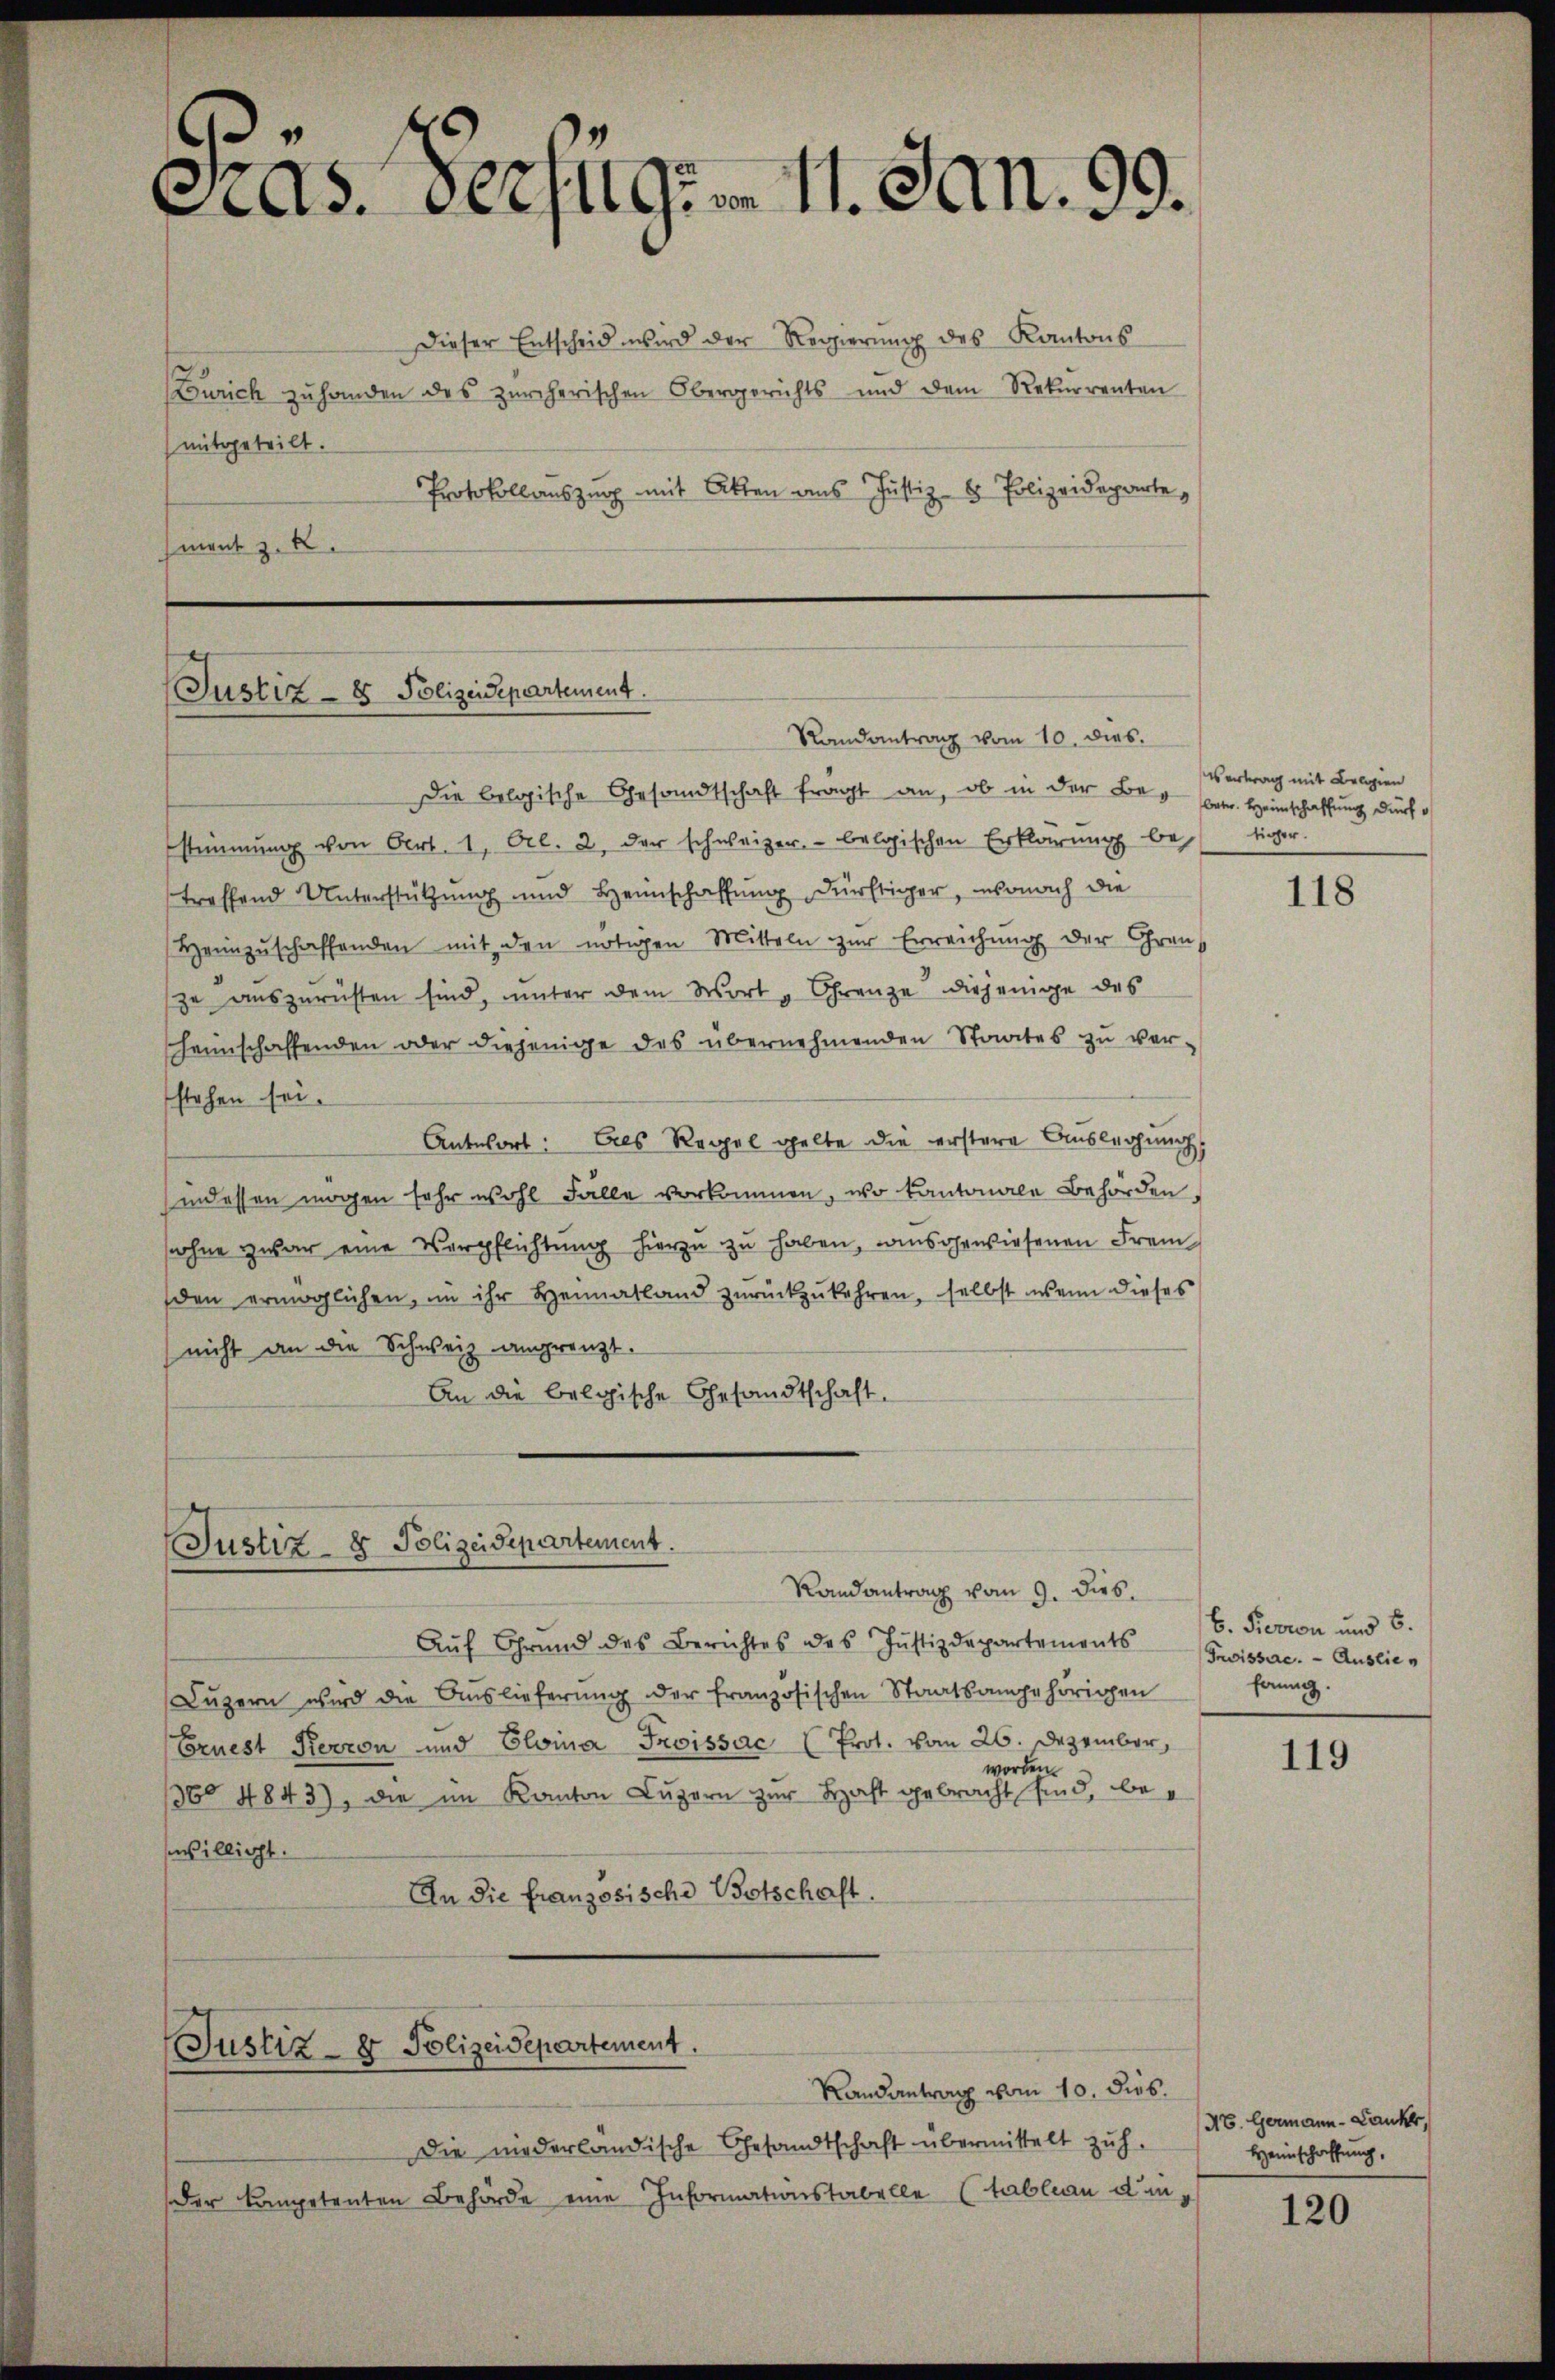
Pras. Verfug. 11. Jan. 99.

Dieser Entscheid wird der Regierŭng des Kantons
Zürich zu handen des zürcherischen Obergerichts und dem Rekurrenten
mitgeteilt.
Protokollauszug mit Akten aus Justiz- & Polizeideparte,
ment z. B.

(Justiz - 8 Polizeidepartement.
Randantrag vom 10. dies

Die belogische Gesandtschaft frägt an, ob in der Beg betr. Heimschaffung durch
stimmung von Art. 1, Al. 2, der schweizer, belgischen Erklärung bestiger.
treffend Unterstützung und Heimschaffung dürftiger, wonach die
Heimzuschaffenden mit den nötigen Mitteln zur Erreichung der Grauspe auszurüsten sind, unter dem Wort „Grenze diejenige des
heimschaffenden oder diejenige des übernehmenden Staates zŭ ver-
stehen sei.
Antwort: Als Regel gelte die erstere Auslegung
indessen mögen sehr wohl Fälle vorkommen, wo kantonale Behörden,
sohne zwar eine Verpflichtung hierzu zu haben, insgewiesenen Frem
den ermöglichen, in ihr Heimatland zurückzukehren, selbst wenn dieses
(nicht an die Schweiz angrenzt.
An die belgische Gesandtschaft.

(Justiz- & Polizeidepartement.

Justiz- & Polizeidepartement.

Randantrag vom 10. dies.
Die niederländische Gesandtschaft übermittelt zuh.
Der Competenten Behörde eine Informationstabelle (Tableau di¬

Randantrag vom 9. dies.
Aŭf Grund des Berichtes des Jŭstizdepartements
Lŭzern wird die Auslieferŭng der französischen Staatsangehörigen
Ernest Kerron und Eloina Troissac (Prot. vom 26. Dezember,
360 4843), die im Kanton Luzern zur Haft gebracht sind, bewilligt.
An die französische Botschaft.

worden.

vertrag mit Belgien

118

b. Provion und 6.
Grwissere. — Ausliehannig.

119

H. Germann-Lauker,
Heimschaffung,

120